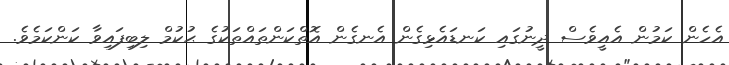
އެހެން ކަމުން އެއީވެސް ދީނުގައި ކަނޑައެޅިގެން އެނގެން އޮތްކަންތައްތަކުގެ ޙުކުމް ލިބިފައިވާ ކަންކަމެވެ.